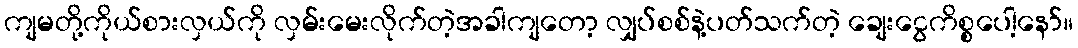
ကျမတို့ကိုယ်စားလှယ်ကို လှမ်းမေးလိုက်တဲ့အခါကျတော့ လျှပ်စစ်နဲ့ပတ်သက်တဲ့ ချေးငွေကိစ္စပေါ့နော်။